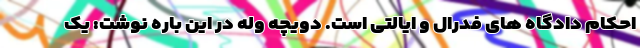
احکام دادگاه های فدرال و ایالتی است. دویچه وله در این باره نوشت: یک